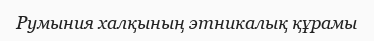
Румыния халқының этникалық құрамы